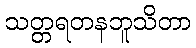
သတ္တရတနဘူသိတာ